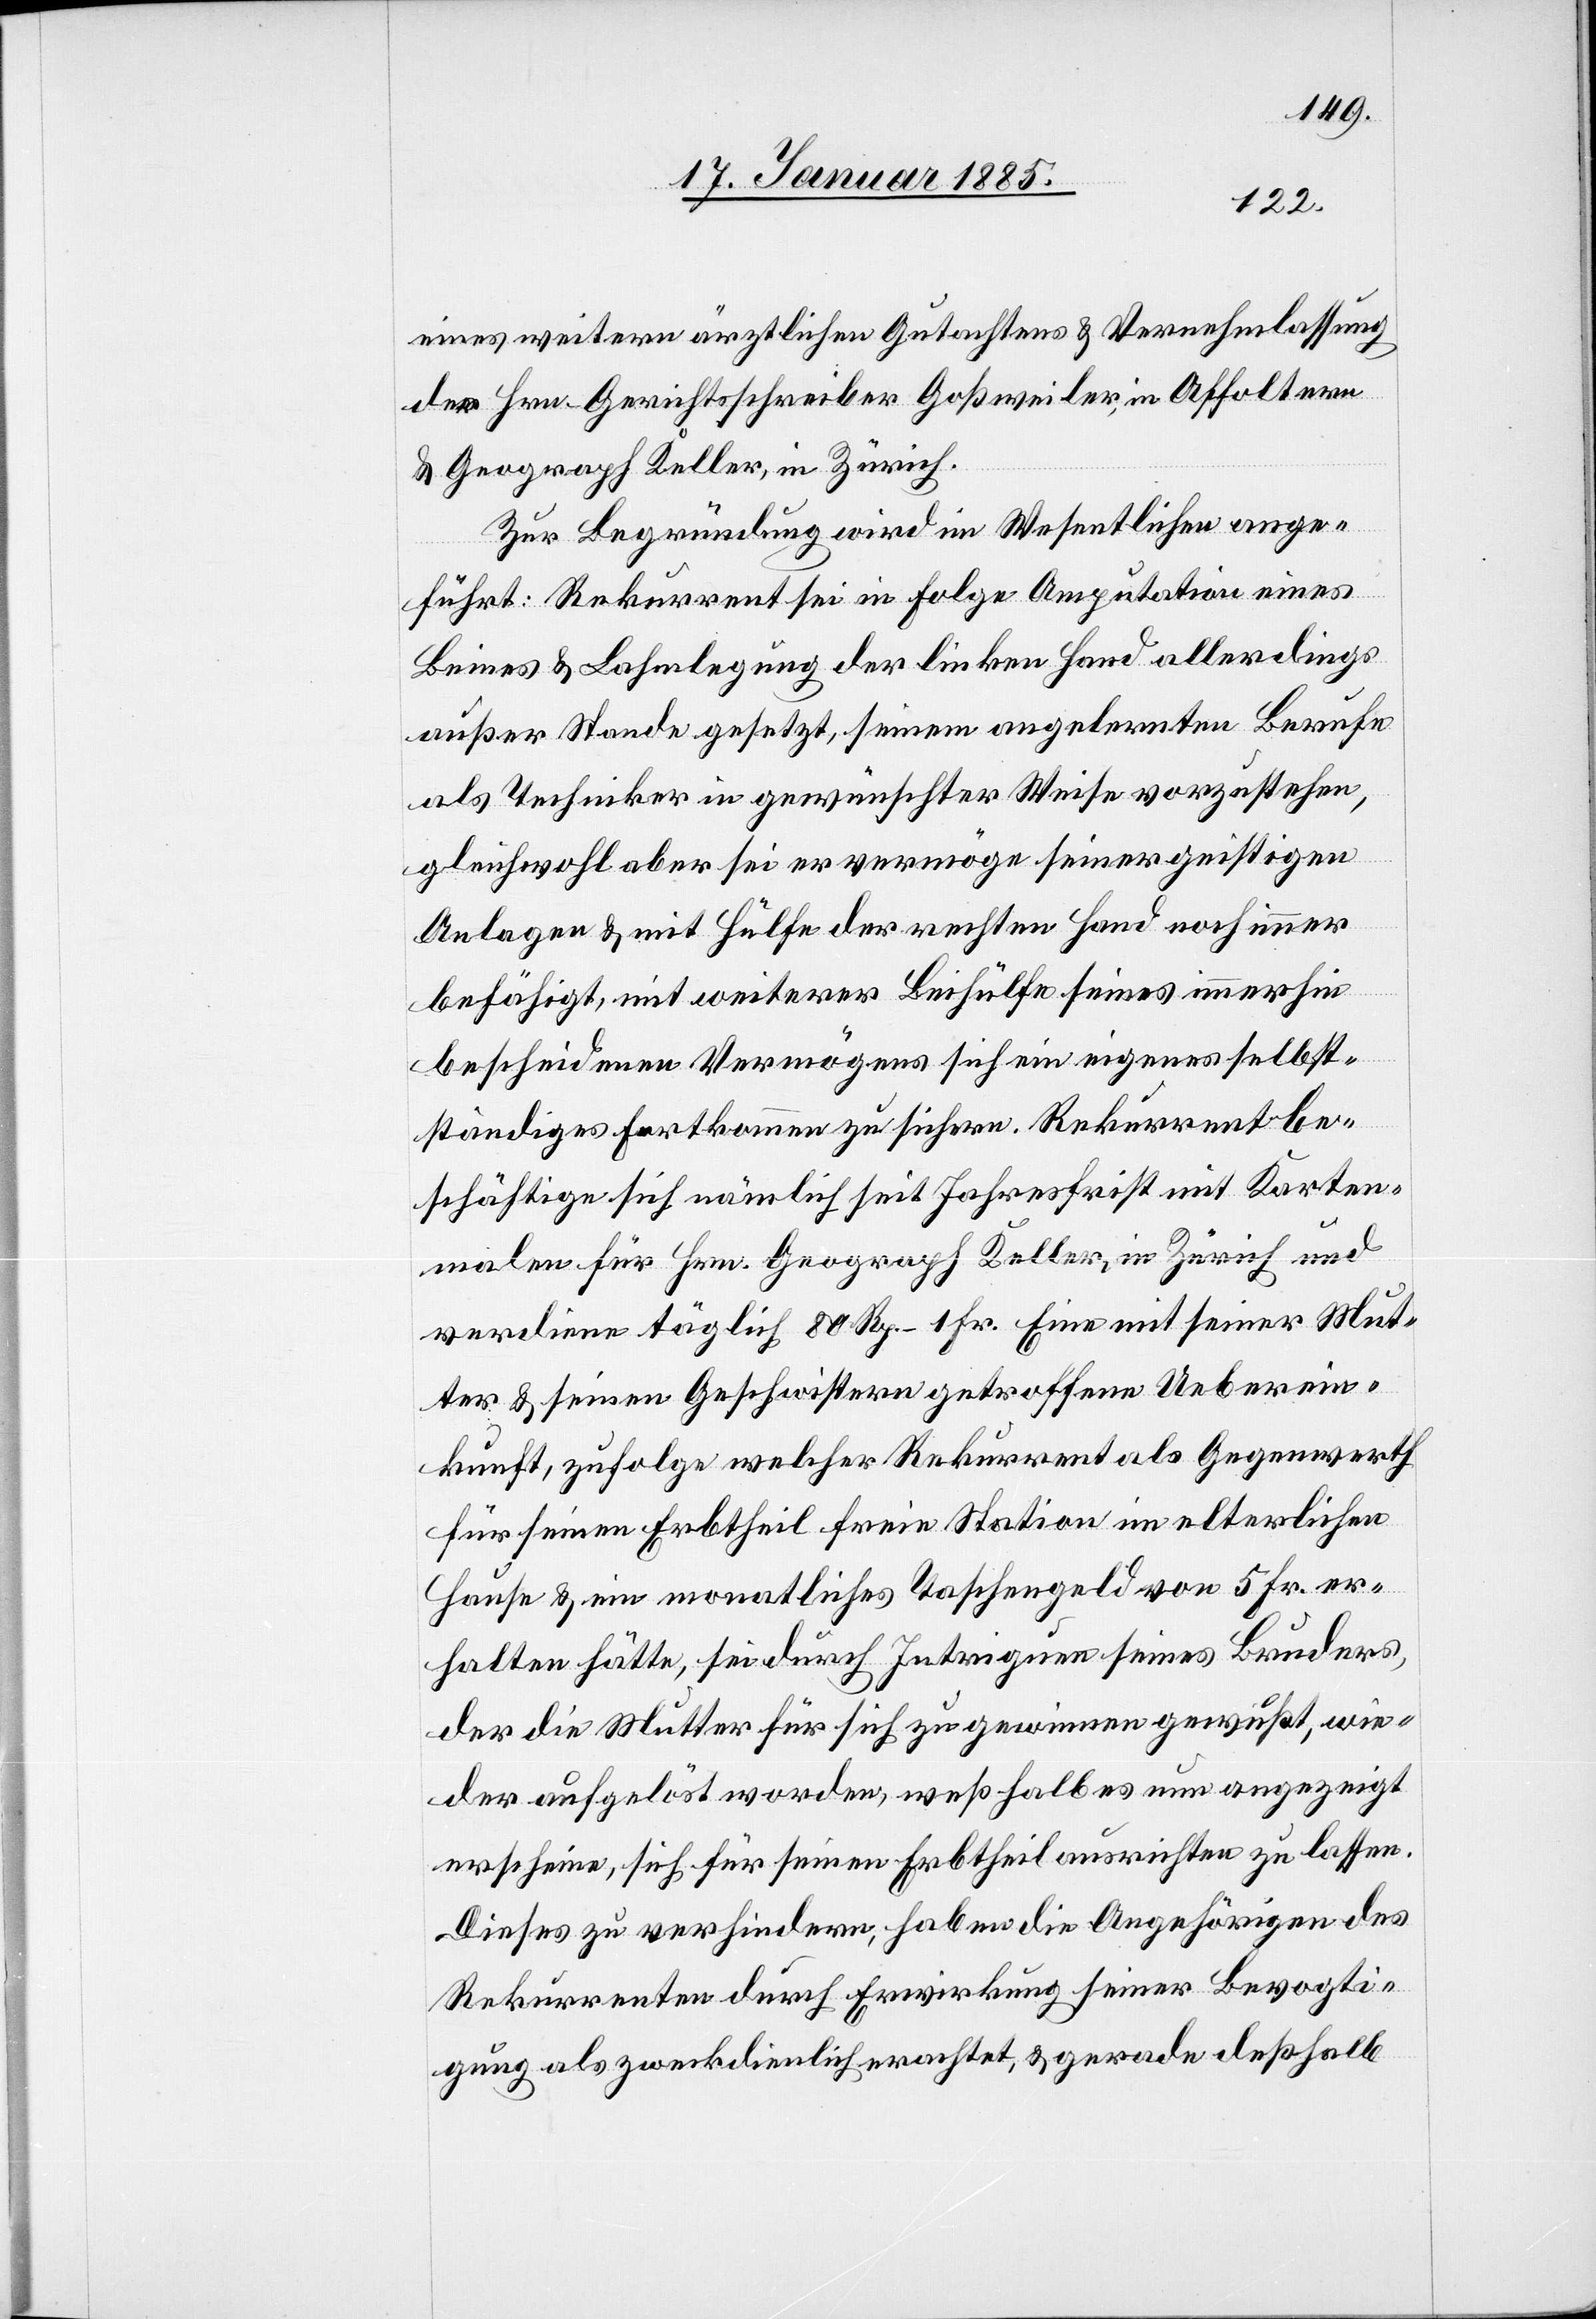
eines weitern ärztlichen Gutachtens & Vernehmlassung
der Hrn. Gerichtsschreiber Goßweiler, in Affoltern
& Geograph Keller, in Zürich.
Zur Begründung wird im Wesentlichen ange¬
führt: Rekurrent sei in Folge Amputation eines
Beines & Lahmlegung der linken Hand allerdings
außer Stande gesetzt, seinem angelernten Berufe
als Techniker in gewünschter Weise vorzustehen,
gleichwohl aber sei er vermöge seiner geistigen
Anlagen & mit Hülfe der rechten Hand noch immer
befähigt, mit weiterer Beihülfe seines immerhin
bescheidenen Vermögens sich ein eigenes selbst¬
ständiges Fortkommen zu sichern. Rekurrent be¬
schäftige sich nämlich seit Jahresfrist mit Karten¬
malen für Hrn. Geograph Keller, in Zürich und
verdiene täglich 80 Rp.–1 Fr. Eine mit seiner Mut¬
ter & seinen Geschwistern getroffene Ueberein¬
kunft, zufolge welcher Rekurrent als Gegenwerth
für seinen Erbtheil freie Station im elterlichen
Hause & ein monatliches Taschengeld von 5 Fr. er¬
halten hätte, sei durch Intriguen seines Bruders,
der die Mutter für sich zu gewinnen gewußt, wie¬
der aufgelöst worden, weßhalb es nun angezeigt
erscheine, sich für seinen Erbtheil ausrichten zu lassen.
Dieses zu verhindern haben die Angehörigen des
Rekurrenten durch Erwirkung seiner Bevogti¬
gung als zweckdienlich erachtet, & gerade deßhalb